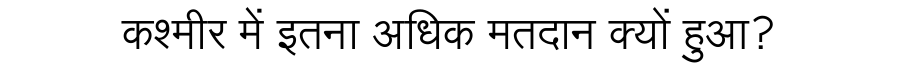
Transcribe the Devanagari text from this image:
कश्मीर में इतना अधिक मतदान क्यों हुआ?